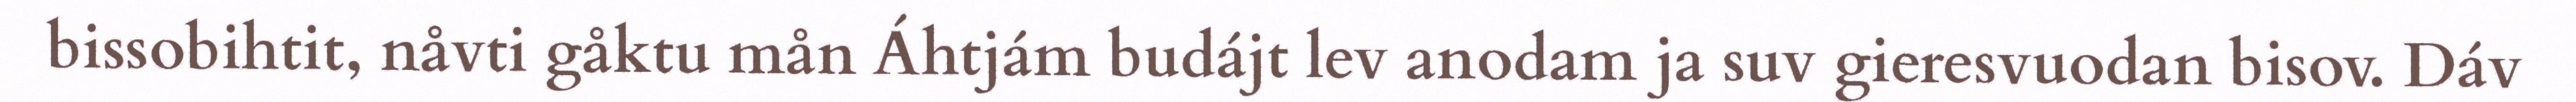
bissobihtit, nåvti gåktu mån Áhtjám budájt lev anodam ja suv gieresvuodan bisov. Dáv